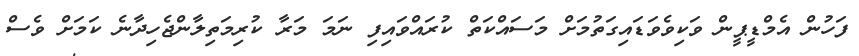
ފަހުން އެމްޑީޕީން ވަކިވެވަޑައިގަތުމަށް މަސައްކަތް ކުރައްވައިފި ނަމަ މަރާ ކުރިމަތިލާންޖެހިދާނެ ކަމަށް ވެސް